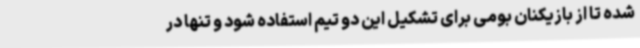
شده تا از بازیکنان بومی برای تشکیل این دو تیم استفاده شود و تنها در